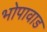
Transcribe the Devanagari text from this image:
भोपावाड